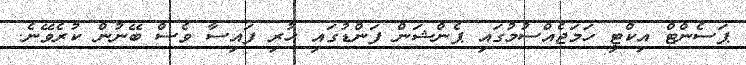
ޕަސެންޓް އިކްޓީ ހަމަޖެއްސުމުގައި ޕެންޝަން ފަންޑުގައި ހުރި ފައިސާ ވެސް ބޭނުން ކުރެވޭނެ.